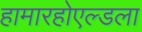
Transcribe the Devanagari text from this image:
हामारहोएल्डला